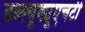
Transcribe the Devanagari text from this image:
डब्ल्यूक्यूएचटी